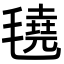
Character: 𬇆